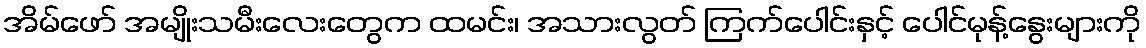
အိမ်ဖော် အမျိုးသမီးလေးတွေက ထမင်း၊ အသားလွတ် ကြက်ပေါင်းနှင့် ပေါင်မုန့်နွေးများကို